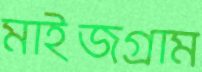
মাইজগ্রাম